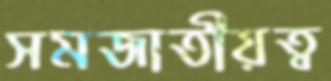
সমজাতীয়ত্ব